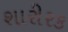
શારીરક